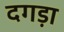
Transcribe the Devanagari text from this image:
दगड़ा